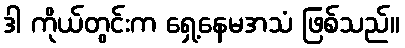
ဒါ ကိုယ်တွင်းက ရှေ့နေမအသံ ဖြစ်သည်။